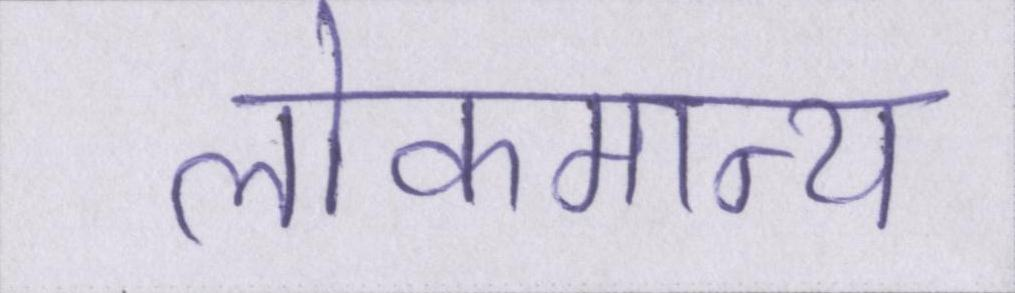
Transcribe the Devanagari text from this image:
लोकमान्य